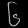
Digit: ၆